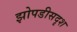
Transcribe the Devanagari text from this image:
झोपडीसदृश